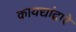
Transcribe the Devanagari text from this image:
कायद्यांद्वारे